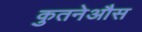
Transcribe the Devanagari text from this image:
कुतनेऔस